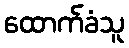
ထောက်ခံသူ